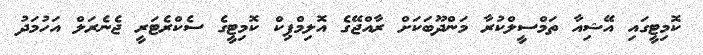
ކޮމިޓީގައި އޭޝިއާ ތަމްސީލްކުރާ މަންދޫބަކަށް ރާއްޖޭގެ އޮލިމްޕިކް ކޮމިޓީގެ ސެކްރެޓަރީ ޖެނެރަލް އަހުމަދު